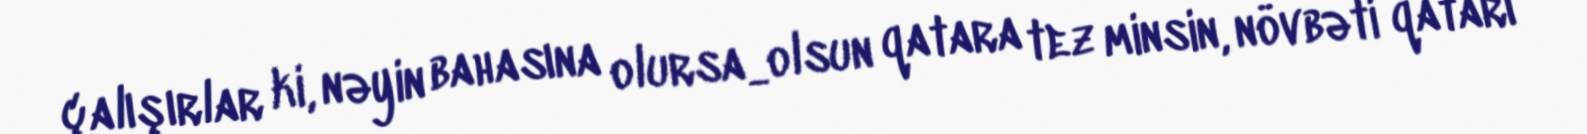
çalışırlar ki, nəyin bahasına olursa_olsun qatara tez minsin, növbəti qatarı